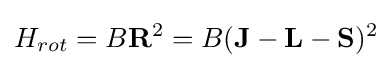
H_{rot}=B\mathbf {R} ^{2}=B(\mathbf {J} -\mathbf {L} -\mathbf {S} )^{2}